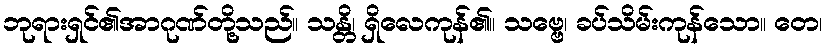
ဘုရားရှင်၏အာဂုဏ်တို့သည်။ သန္တိ၊ ရှိလေကုန်၏။ သဗ္ဗေ၊ ခပ်သိမ်းကုန်သော။ တေ၊